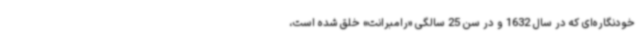
خودنگاره‌ای که در سال 1632 و در سن 25 سالگی «‌رامبرانت» خلق شده است،